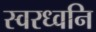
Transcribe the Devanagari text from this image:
स्वरध्वनि